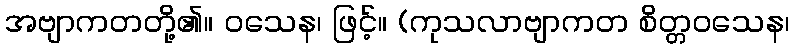
အဗျာကတတို့၏။ ဝသေန၊ ဖြင့်။ (ကုသလာဗျာကတ စိတ္တဝသေန၊